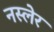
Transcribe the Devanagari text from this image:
नस्लेर